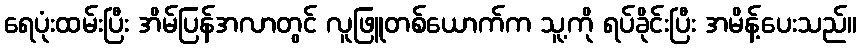
ရေပုံးထမ်းပြီး အိမ်ပြန်အလာတွင် လူဖြူတစ်ယောက်က သူ့ကို ရပ်ခိုင်းပြီး အမိန့်ပေးသည်။